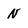
Character: N